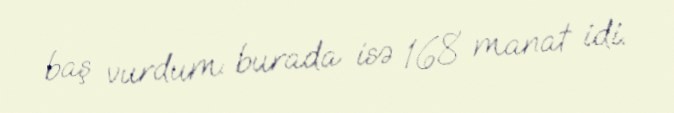
baş vurdum: burada isə 168 manat idi.